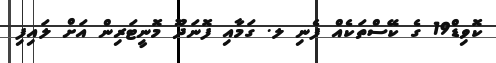
ކޮވިޑް19 ގެ ކޭސްތަކެއް ފެނި ލ. ގަމާއި ފޮނަދޫ މޮނީޓަރިން އަށް ލައިފި